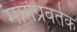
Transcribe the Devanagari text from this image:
मार्गप्रवर्तक